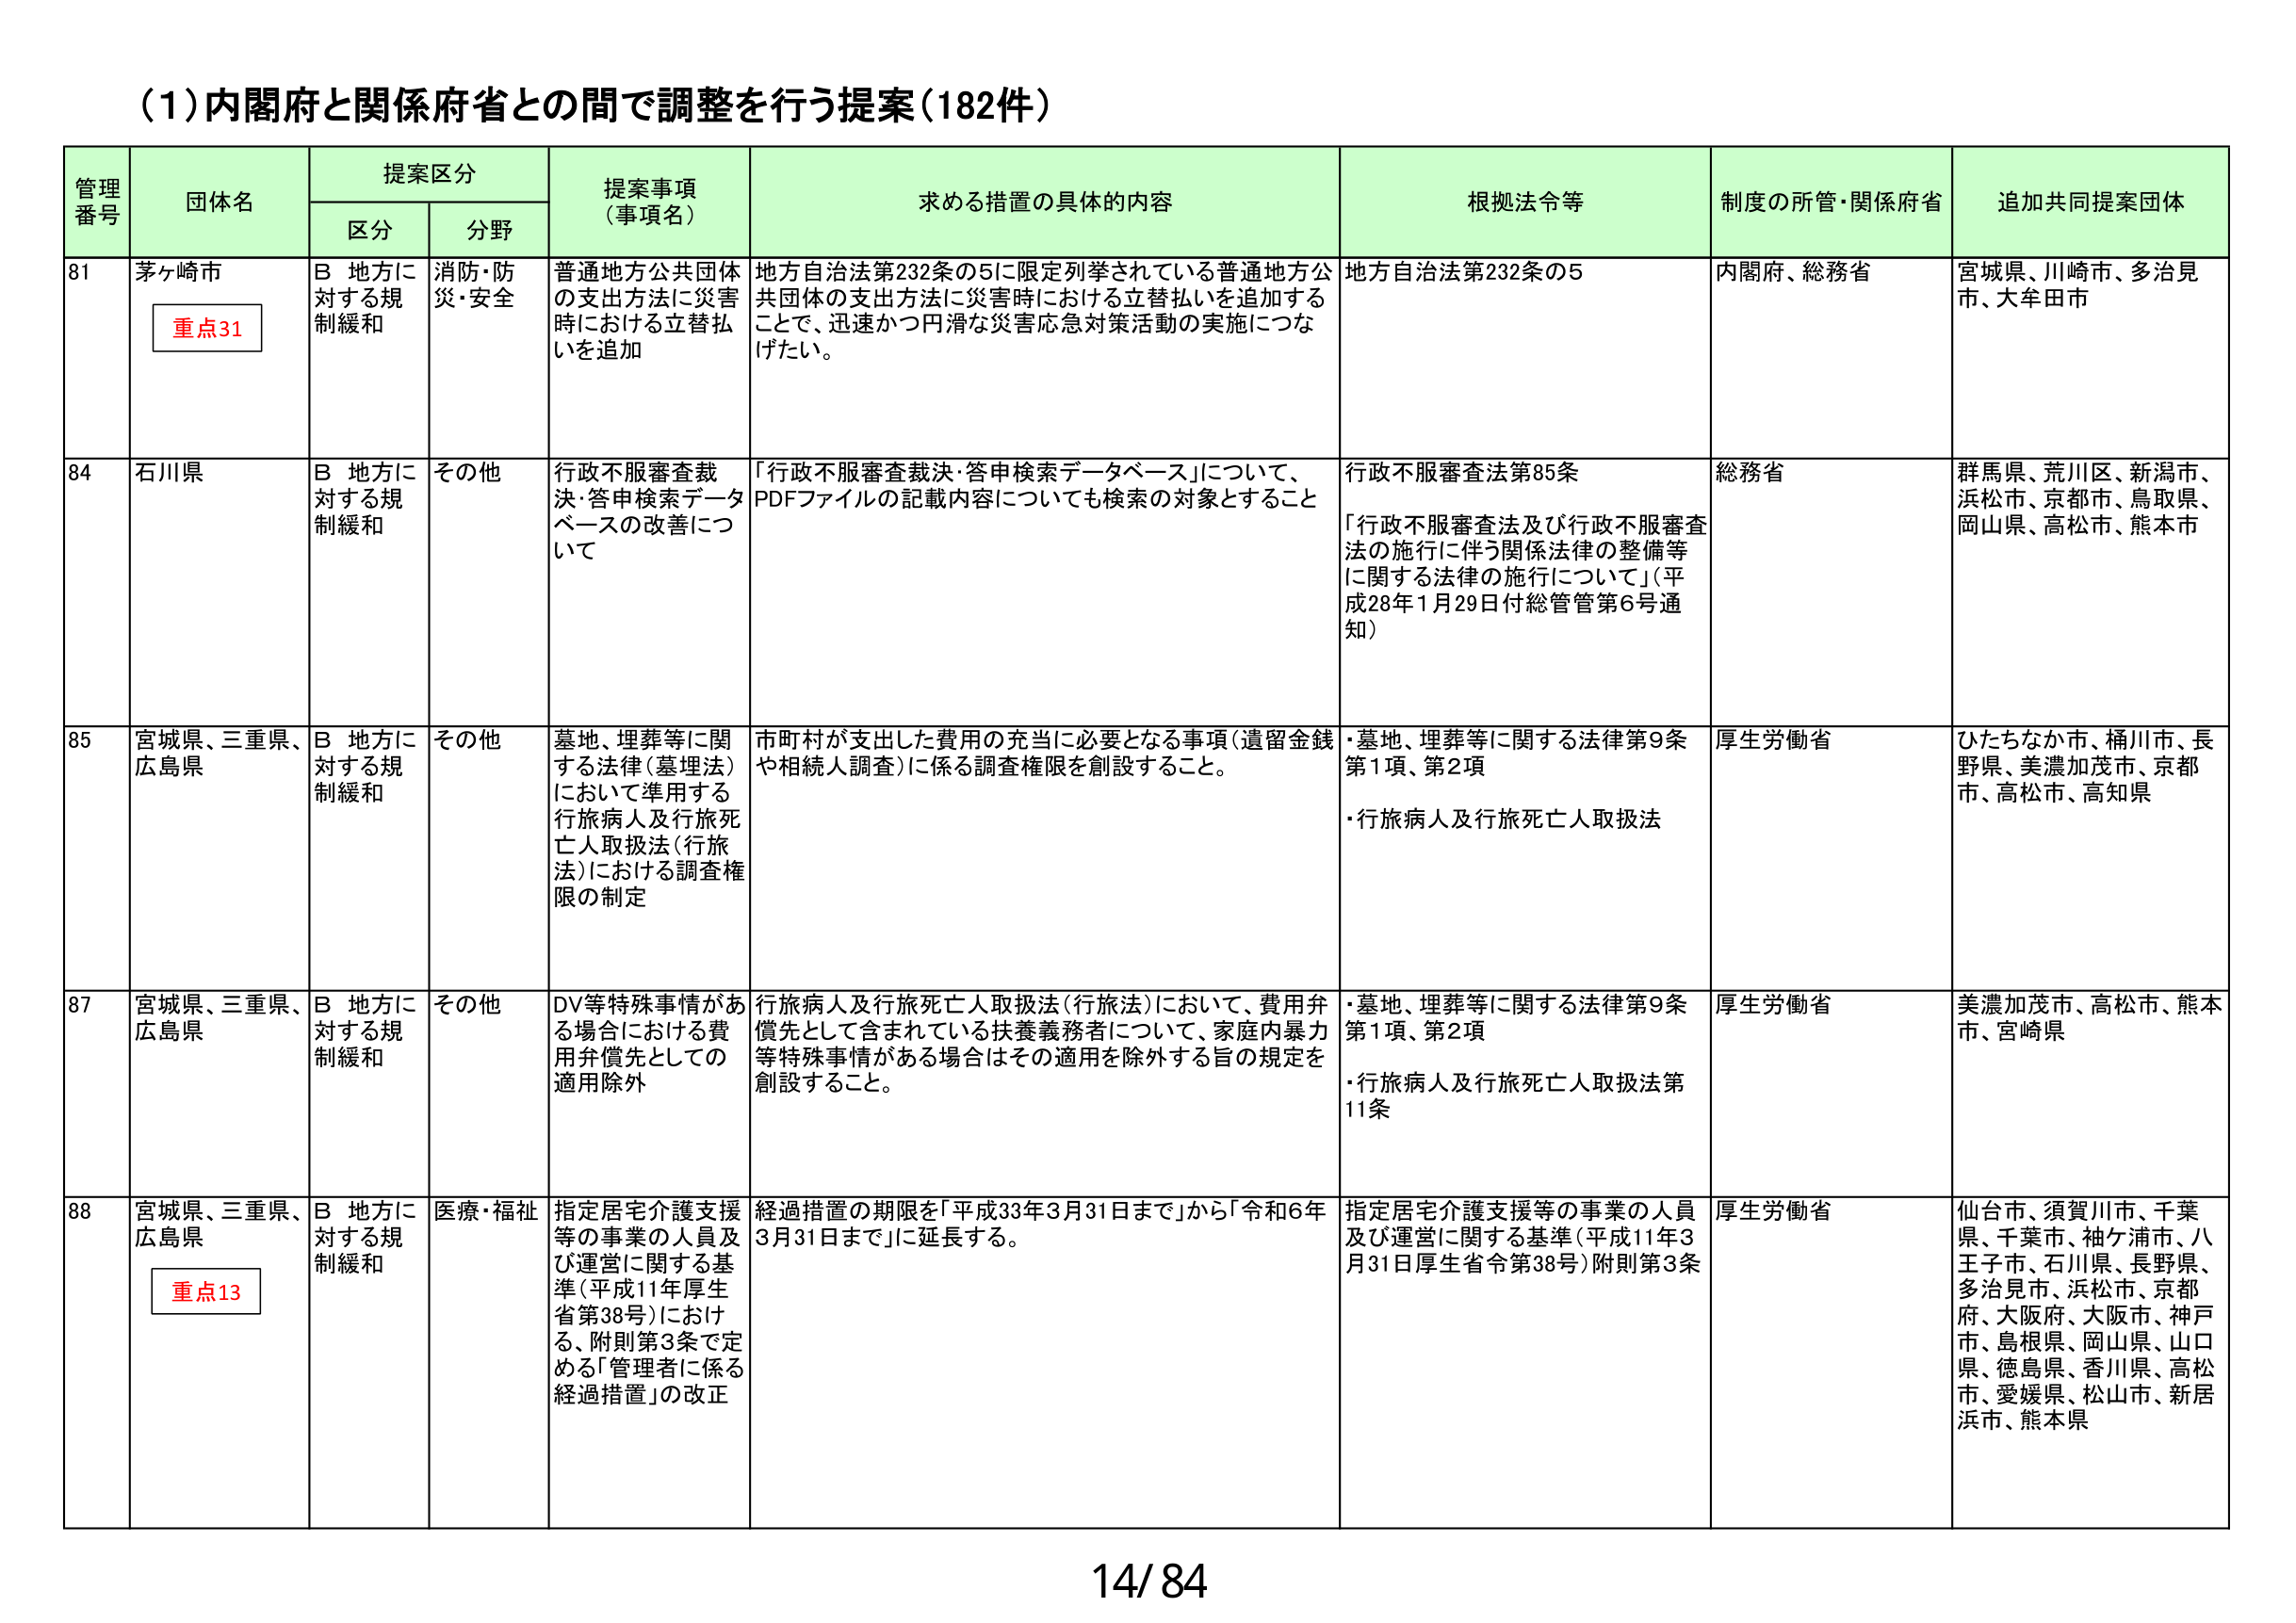
(1)内閣府と関係府省との間で調整を行う提案(182件)

管理番号 団体名 提案区分 提案事項（事項名） 求める措置の具体的内容 根拠法令等 制度の所管・関係府省 追加共同提案団体
区分 分野

81 茅ヶ崎市 重点31 B 地方に対する規制緩和 消防・防災・安全 普通地方公共団体の支出方法に災害時における立替払いを追加 地方自治法第232条の5に限定列挙されている普通地方公共団体の支出方法に災害時における立替払いを追加することで、迅速かつ円滑な災害応急対策活動の実施につなげたい。 地方自治法第232条の5 内閣府、総務省 宮城県、川崎市、多治見市、大牟田市

84 石川県 B 地方に対する規制緩和 その他 行政不服審査裁決・答申検索データベースの改善について 「行政不服審査裁決・答申検索データベース」について、PDFファイルの記載内容についても検索の対象とすること 行政不服審査法第85条 「行政不服審査法及び行政不服審査法の施行に伴う関係法律の整備等に関する法律の施行について」（平成28年1月29日付総管管第6号通知） 総務省 群馬県、荒川区、新潟市、浜松市、京都市、鳥取県、岡山県、高松市、熊本市

85 宮城県、三重県、広島県 B 地方に対する規制緩和 その他 墓地、埋葬等に関する法律（墓基法）において準用する行旅病人及行旅死亡人取扱法（行旅法）における調査権限の制定 市町村が支出した費用の充当に必要となる事項（遺留金銭や相続人調査）に係る調査権限を創設すること。 ・墓地、埋葬等に関する法律第9条第1項、第2項 ・行旅病人及行旅死亡人取扱法 厚生労働省 ひたちなか市、桶川市、長野県、美濃加茂市、京都市、高松市、高知県

87 宮城県、三重県、広島県 B 地方に対する規制緩和 その他 DV等特殊事情がある場合における費用弁償先としての適用除外 行旅病人及行旅死亡人取扱法（行旅法）において、費用弁償先として含まれている扶養義務者について、家庭内暴力等特殊事情がある場合はその適用を除外する旨の規定を創設すること。 ・墓地、埋葬等に関する法律第9条第1項、第2項 ・行旅病人及行旅死亡人取扱法第11条 厚生労働省 美濃加茂市、高松市、熊本市、宮崎県

88 宮城県、三重県、広島県 重点13 B 地方に対する規制緩和 医療・福祉 指定居宅介護支援等の事業の人員及び運営に関する基準（平成11年厚生省第38号）における、附則第3条で定める「管理者に係る経過措置」の改正 経過措置の期限を「平成33年3月31日まで」から「令和6年3月31日まで」に延長する。 指定居宅介護支援等の事業の人員及び運営に関する基準（平成11年3月31日厚生省令第38号）附則第3条 厚生労働省 仙台市、須賀川市、千葉県、千葉市、袖ヶ浦市、八王子市、石川県、長野県、多治見市、浜松市、京都府、大阪府、大阪市、神戸市、島根県、岡山県、山口県、徳島県、香川県、高松市、愛媛県、松山市、新居浜市、熊本県

14/84